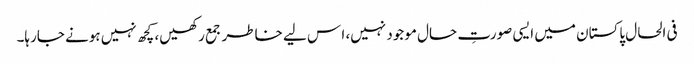
فی الحال پاکستان میں ایسی صورتِ حال موجود نہیں، ا س لیے خاطر جمع رکھیں، کچھ نہیں ہونے جارہا۔